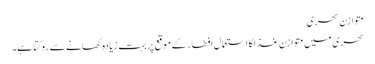
متوازن سحری
سحری میں متوازن غذا کا استعمال افطار کے موقع پر بہت زیادہ کھانے سے روکتا ہے۔